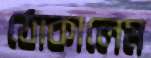
ঠোকালেম